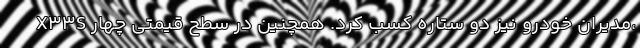
X33S مدیران خودرو نیز دو ستاره کسب کرد. همچنین در سطح قیمتی چهار،